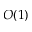
O ( 1 )